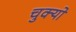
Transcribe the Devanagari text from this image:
चुक्यो